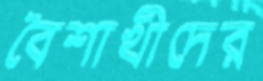
বৈশাখীদের